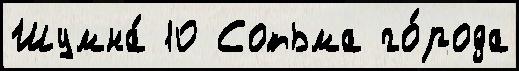
Шумна́ 10 Сотьма го́рода